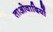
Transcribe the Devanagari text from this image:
ताओवादियों